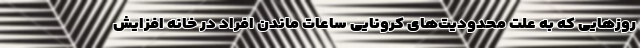
روزهایی که به علت محدودیت‌های کرونایی ساعات ماندن افراد در خانه افزایش